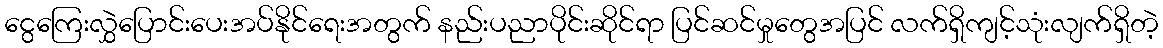
ငွေကြေးလွှဲပြောင်းပေးအပ်နိုင်ရေးအတွက် နည်းပညာပိုင်းဆိုင်ရာ ပြင်ဆင်မှုတွေအပြင် လက်ရှိကျင့်သုံးလျက်ရှိတဲ့